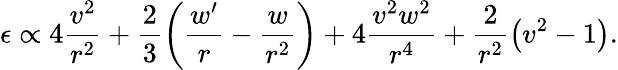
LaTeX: \epsilon\propto 4\frac{v^{2}}{r^{2}}+\frac{2}{3}\left(\frac{w^{\prime}}{r}-\frac{w}{r^{2}}\right)+4\frac{v^{2}w^{2}}{r^{4}}+\frac{2}{r^{2}}\left(v^{2}-1\right).